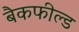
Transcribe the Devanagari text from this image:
बैकफील्ड